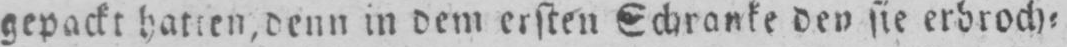
gepackt hatten, denn in dem ersten Schranke den sie erbroch⸗